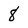
Character: 8